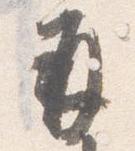
并